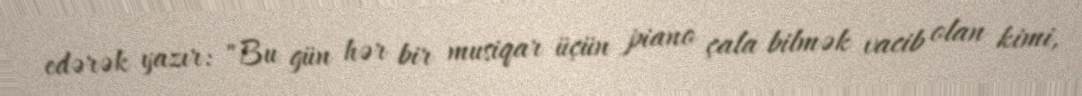
edərək yazır: "Bu gün hər bir musiqar üçün piano çala bilmək vacib olan kimi,